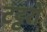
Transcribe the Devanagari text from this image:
टट्टरों